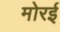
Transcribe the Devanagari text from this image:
मोरई